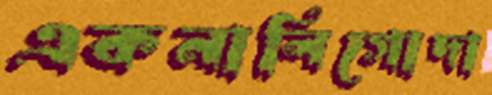
একনালিগোদা